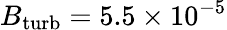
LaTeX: B_{\textrm{turb}}=5.5\times 10^{-5}